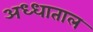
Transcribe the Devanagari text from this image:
अध्धाताल